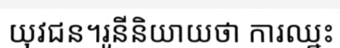
យុវជន។រូនីនិយាយថា ការឈ្នះ